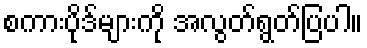
စကားပိုဒ်များကို အလွတ်ရွတ်ပြပါ။